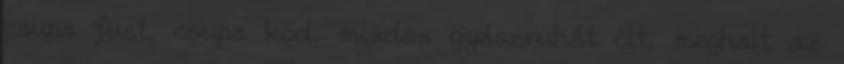
csupa füst, csupa köd, minden gyászruhát ölt, meghalt az